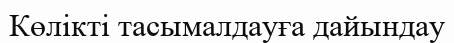
Көлікті тасымалдауға дайындау